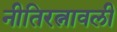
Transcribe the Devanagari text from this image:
नीतिरत्नावली